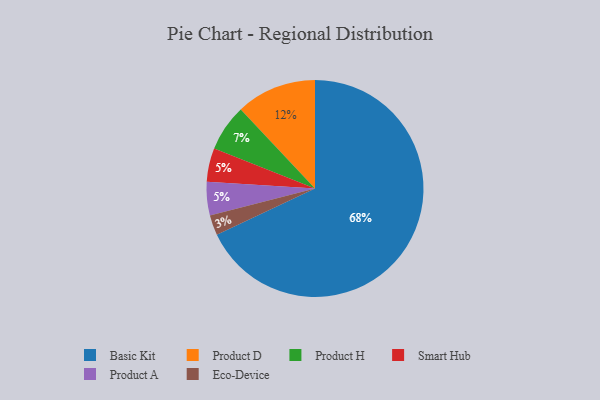
{"axis": {"x": "Category", "y": "Percentage"}, "legend": ["Basic Kit", "Eco-Device", "Product A", "Product D", "Product H", "Smart Hub"], "data": [{"x": "Product D", "y": 12, "type": "Product D"}, {"x": "Smart Hub", "y": 5, "type": "Smart Hub"}, {"x": "Basic Kit", "y": 68, "type": "Basic Kit"}, {"x": "Product H", "y": 7, "type": "Product H"}, {"x": "Eco-Device", "y": 3, "type": "Eco-Device"}, {"x": "Product A", "y": 5, "type": "Product A"}]}